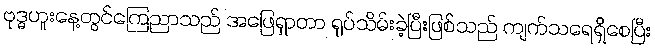
ဗုဒ္ဓဟူးနေ့တွင်ကြေညာသည် အဖြေရှာတာ ရုပ်သိမ်းခဲ့ပြီးဖြစ်သည် ကျက်သရေရှိစေပြီး